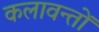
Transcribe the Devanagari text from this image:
कलावन्तों